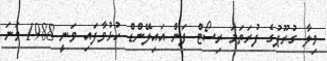
ވިލާ ގުރޫޕުގެ ފުރަތަމަ ރިސޯޓް ފަން އައިލޭންޑް ހުޅުވާފައި ވަނީ 1988 ވަނަ